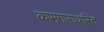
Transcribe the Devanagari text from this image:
कामगाराधारित